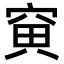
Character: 𥦕